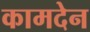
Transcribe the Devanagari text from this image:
कामदेन